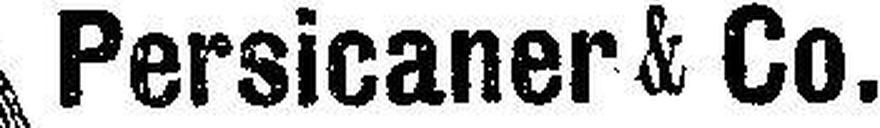
Persicaner & Co.